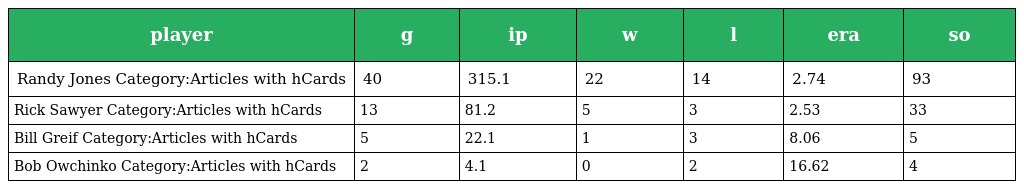
| player | g | ip | w | l | era | so |
 | --- | --- | --- | --- | --- | --- | --- |
 | Randy Jones Category:Articles with hCards | 40 | 315.1 | 22 | 14 | 2.74 | 93 |
 | Rick Sawyer Category:Articles with hCards | 13 | 81.2 | 5 | 3 | 2.53 | 33 |
 | Bill Greif Category:Articles with hCards | 5 | 22.1 | 1 | 3 | 8.06 | 5 |
 | Bob Owchinko Category:Articles with hCards | 2 | 4.1 | 0 | 2 | 16.62 | 4 |